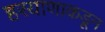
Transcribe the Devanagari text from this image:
हरयाणाकडून